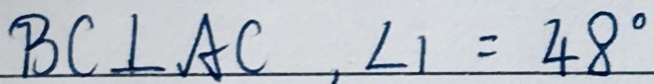
B C \bot A C , \angle 1 = 4 8 ^ { \circ }